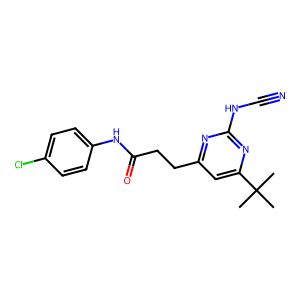
SMILES: CC(C)(C)c1cc(CCC(=O)Nc2ccc(Cl)cc2)nc(NC#N)n1
Inhibits HIV replication: No